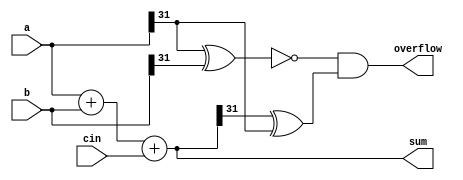
module Adder(
    input [31:0] a, 
    input [31:0] b,
    input cin,  
    output [31:0] sum,
    output overflow
);
    assign sum = a + b + cin;
    assign overflow = ((~(a[31] ^ b[31])) & (sum[31] ^ a[31]));
endmodule